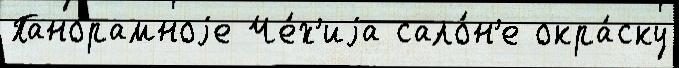
Панорамноjе Че́х'иjа сало́н'е окра́ску